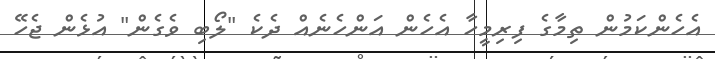
އެހެންކަމުން ތިމާގެ ފިރިމީހާ އެހެން އަންހެނެއް ދެކެ "ލޯބި ވެގެން" އުޅެން ޖެހޭ